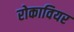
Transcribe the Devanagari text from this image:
रोकावियर